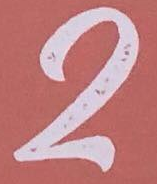
2